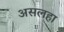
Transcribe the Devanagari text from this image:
असलहा